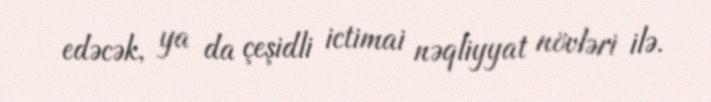
edəcək, ya da çeşidli ictimai nəqliyyat növləri ilə.